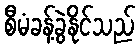
စီမံခန့်ခွဲနိုင်သည်